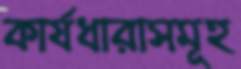
কার্যধারাসমূহ